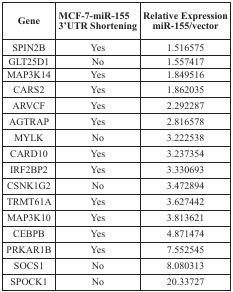
| Gene | MCF-7-miR-155 3′UTR Shortening | Relative Expression miR-155/vector |
 | --- | --- | --- |
 | SPIN2B | Yes | 1.516575 |
 | GLT25D1 | No | 1.557417 |
 | MAP3K14 | Yes | 1.849516 |
 | CARS2 | Yes | 1.862035 |
 | ARVCF | Yes | 2.292287 |
 | AGTRAP | Yes | 2.816578 |
 | MYLK | No | 3.222538 |
 | CARD10 | Yes | 3.237354 |
 | IRF2BP2 | Yes | 3.330693 |
 | CSNK1G2 | No | 3.472894 |
 | TRMT61A | Yes | 3.627442 |
 | MAP3K10 | Yes | 3.813621 |
 | CEBPB | Yes | 4.871474 |
 | PRKAR1B | Yes | 7.552545 |
 | SOCS1 | No | 8.080313 |
 | SPOCK1 | No | 20.33727 |